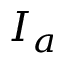
I _ { a }